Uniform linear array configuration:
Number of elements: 4
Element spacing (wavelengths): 0.25
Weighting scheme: kaiser
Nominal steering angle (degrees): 30
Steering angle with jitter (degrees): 28.181
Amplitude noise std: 0.05
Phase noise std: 0.05

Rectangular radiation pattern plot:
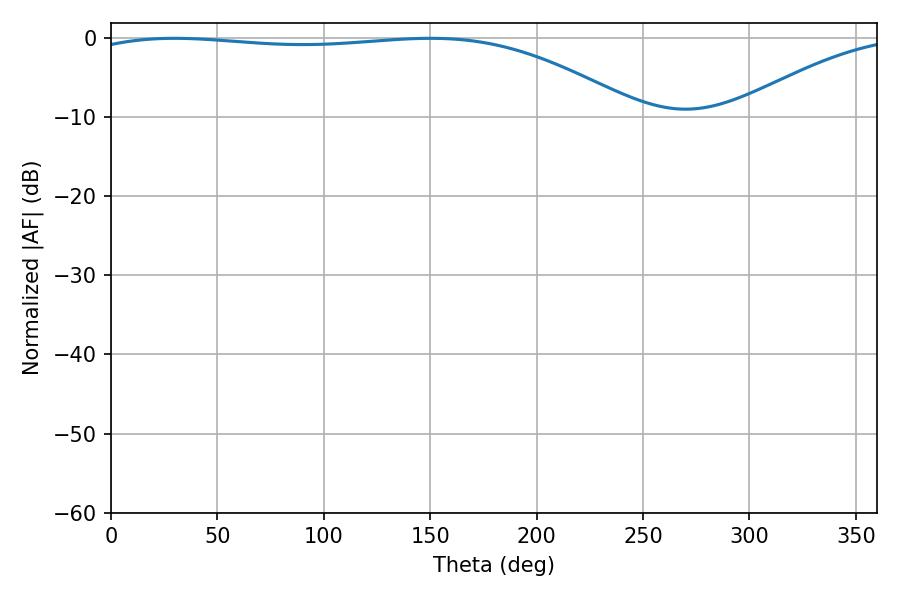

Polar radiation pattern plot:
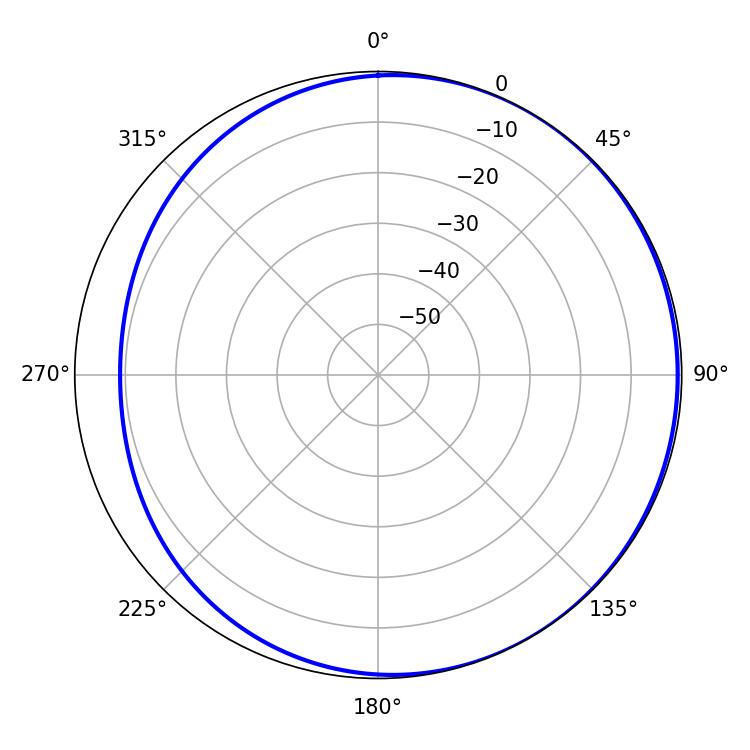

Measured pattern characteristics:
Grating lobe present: FALSE
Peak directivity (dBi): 1.896
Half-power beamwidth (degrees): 206.64
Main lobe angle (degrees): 29.88